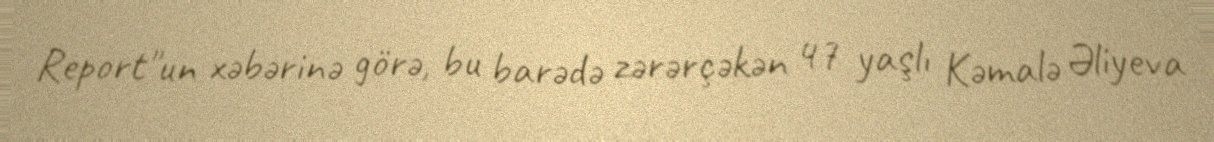
Report"un xəbərinə görə, bu barədə zərərçəkən 47 yaşlı Kəmalə Əliyeva